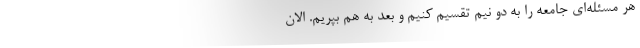
هر مسئله‌ای جامعه را به دو نیم تقسیم کنیم و بعد به هم بپریم. الان